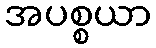
အပစ္စယာ